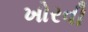
ખોરવી